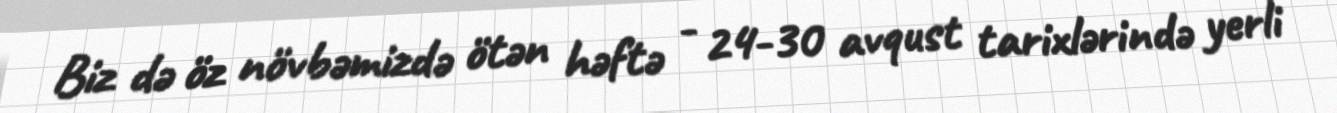
Biz də öz növbəmizdə ötən həftə - 24-30 avqust tarixlərində yerli